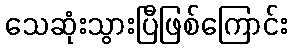
သေဆုံးသွားပြီဖြစ်ကြောင်း